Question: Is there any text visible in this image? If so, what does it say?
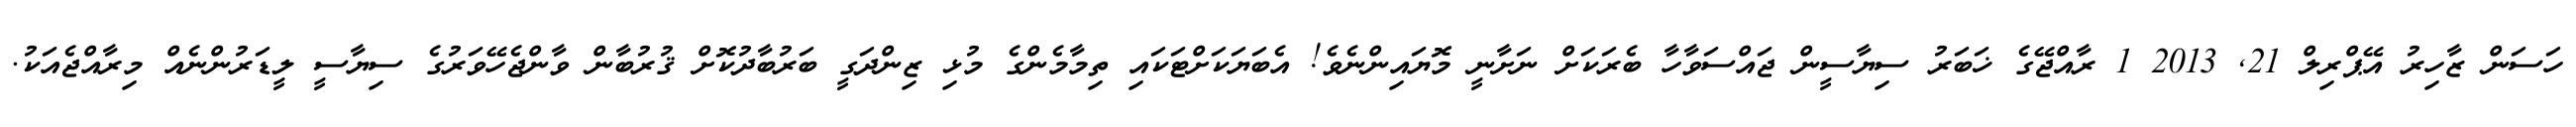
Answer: ހަސަން ޒާހިރު އޭޕްރިލް 21, 2013 1 ރާއްޖޭގެ ޚަބަރު ސިޔާސީން ޖައްސަވާހާ ބެރަކަށް ނަށާނީ މޮޔައިންނެވެ! އެބަޔަކަށްޓަކައި ތިމާމެންގެ މުޅި ޒިންދަގީ ބަރުބާދުކޮށް ޤުރުބާން ވާންޖެހޭވަރުގެ ސިޔާސީ ލީޑަރުންނެއް މިރާއްޖެއަކު.